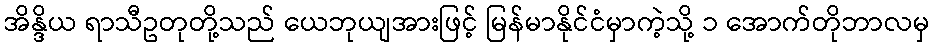
အိန္ဒိယ ရာသီဥတုတို့သည် ယေဘုယျအားဖြင့် မြန်မာနိုင်ငံမှာကဲ့သို့ ၁ အောက်တိုဘာလမှ